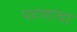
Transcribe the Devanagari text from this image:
घटणांचा